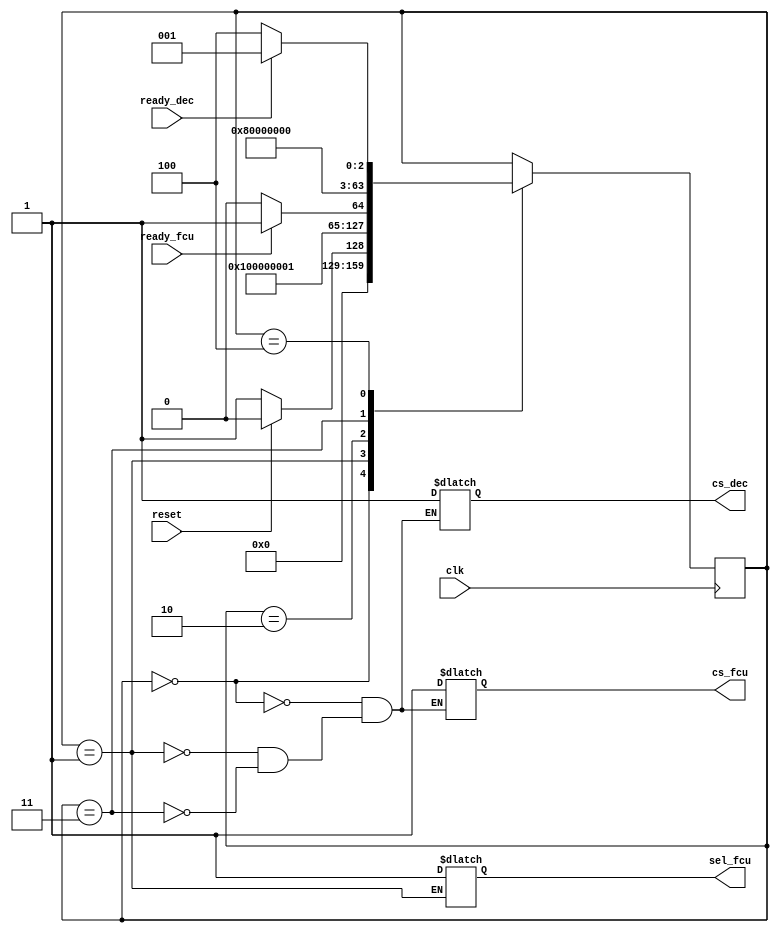
`timescale 1ns / 1ps
//////////////////////////////////////////////////////////////////////////////////
// Company: 
// Engineer: 
// 
// Design Name: 
// Module Name: cu2
// Project Name: 
// Target Devices: 
// Tool Versions: 
// Description: 
// 
// Dependencies: 
// 
// Revision:
// Revision 0.01 - File Created
// Additional Comments:
// 
//////////////////////////////////////////////////////////////////////////////////
//fetch-decode
module cu2(clk,reset,ready_dec,ready_fcu,cs_fcu,sel_fcu,cs_dec);
input clk,reset,ready_dec,ready_fcu;
output reg cs_fcu,sel_fcu,cs_dec;
integer state=0;

always@(posedge clk)
begin
case(state)
0:begin
if(reset)
state=0;
else
state=1;
end
1:state=2;
//fetch
2:begin
if(ready_fcu)
state=3;
else
state=2;
end
3:state=4;
//decode
4:begin
if(ready_dec)
state=1;
else
state=4;
end
endcase
end

always@(state)
begin
case(state)
0:begin
cs_fcu=1'bz;
cs_dec=1'bz;
end
//fetch
1:begin
cs_fcu=1;
cs_dec=1'bZ;
sel_fcu=1;
end
//decode
3:begin
cs_dec=1;
cs_fcu=1'bZ;
end
endcase
end
endmodule